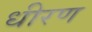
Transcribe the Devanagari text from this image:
धीरण